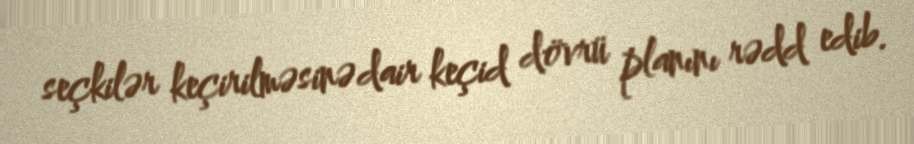
seçkilər keçirilməsinə dair keçid dövrü planını rədd edib.